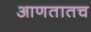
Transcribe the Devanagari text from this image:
आणतातच